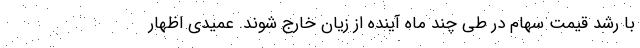
با رشد قیمت سهام در طی چند ماه آینده از زیان خارج شوند. عمیدی اظهار